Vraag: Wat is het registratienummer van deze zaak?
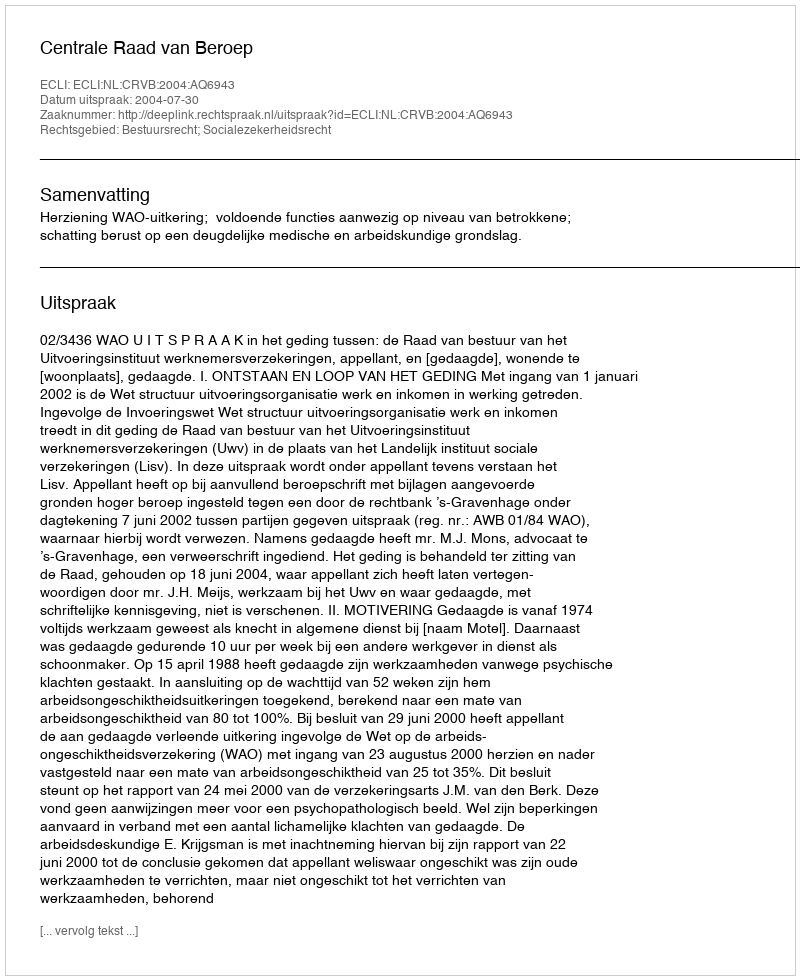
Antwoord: http://deeplink.rechtspraak.nl/uitspraak?id=ECLI:NL:CRVB:2004:AQ6943